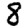
Digit: 8